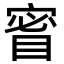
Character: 䁇